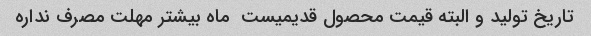
تاریخ تولید و البته قیمت محصول قدیمیست  ماه بیشتر مهلت مصرف نداره